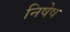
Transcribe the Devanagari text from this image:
निषेष